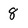
Character: 8